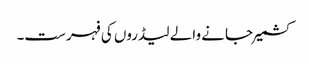
کشمیرجانے والے لیڈروں کی فہرست۔